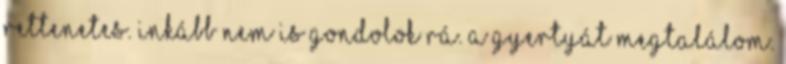
Rettenetes. Inkább nem is gondolok rá. A gyertyát megtalálom.